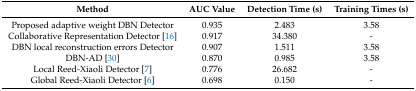
<table><thead><tr><td><b>Method</b></td><td><b>AUC Value</b></td><td><b>Detection Time (s)</b></td><td><b>Training Times (s)</b></td></tr></thead><tbody><tr><td>Proposed adaptive weight DBN Detector</td><td>0.935</td><td>2.483</td><td>3.58</td></tr><tr><td>Collaborative Representation Detector [16]</td><td>0.917</td><td>34.380</td><td>-</td></tr><tr><td>DBN local reconstruction errors Detector</td><td>0.907</td><td>1.511</td><td>3.58</td></tr><tr><td>DBN-AD [30]</td><td>0.870</td><td>0.985</td><td>3.58</td></tr><tr><td>Local Reed-Xiaoli Detector [7]</td><td>0.776</td><td>26.682</td><td>-</td></tr><tr><td>Global Reed-Xiaoli Detector [6]</td><td>0.698</td><td>0.150</td><td>-</td></tr></tbody></table>